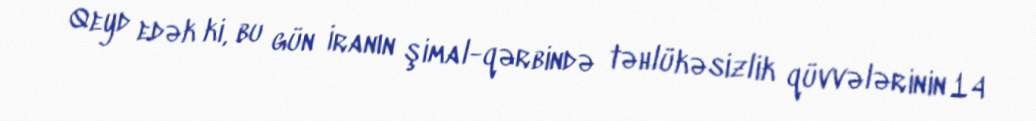
Qeyd edək ki, bu gün İranın şimal-qərbində təhlükəsizlik qüvvələrinin 14